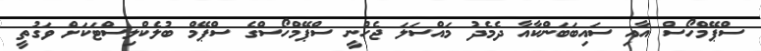
ސްޕޭމްހޯސް އާއި ސައިބަބަންކާއާ ދެމެދު މައްސަލަ ޖެހުނީ ސްޕޭމްހޯސްގެ ސްޕޭމް ބުލެކްލިސްޓަކަށް ވަގުތީ